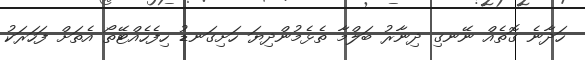
ހަދާނެ ގޮތެއް ނޭނގި ދިނާރު ބަލްމާ ތެޅެމުންދިޔަ ހަށިގަނޑު ހިފެހެއްޓޭތޯ އެތަށް ފަހަރަކު